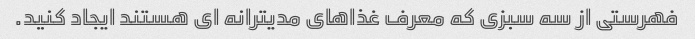
فهرستی از سه سبزی که معرف غذاهای مدیترانه ای هستند ایجاد کنید.